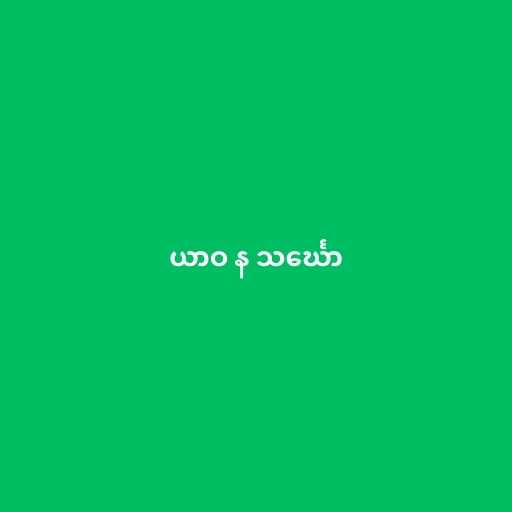
ယာဝ န သင်္ဃော